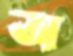
অ